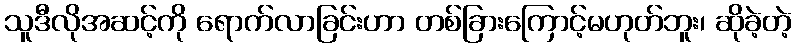
သူဒီလိုအဆင့်ကို ရောက်လာခြင်းဟာ တစ်ခြားကြောင့်မဟုတ်ဘူး၊ ဆိုခဲ့တဲ့